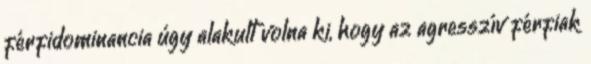
férfidominancia úgy alakult volna ki, hogy az agresszív férfiak